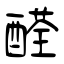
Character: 醛